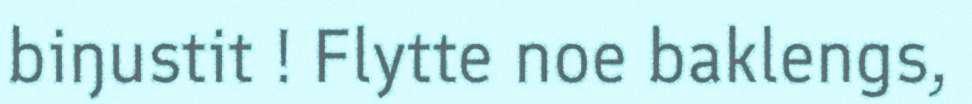
biŋustit ! Flytte noe baklengs,